Rangoon Lunatic Asylum 1893-1897 - 1893-1897
Year: 1893
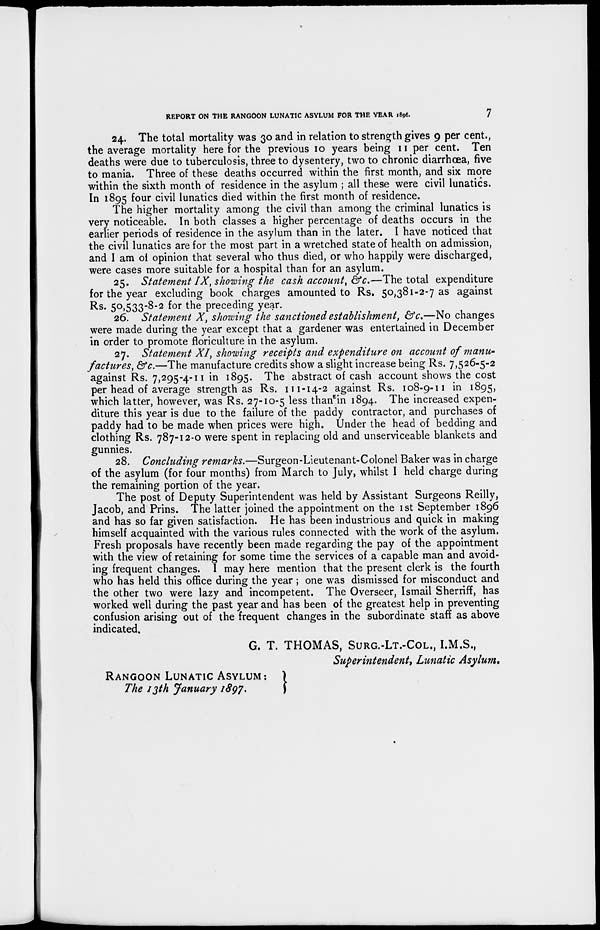
REPORT ON THE RANGOON LUNATIC ASYLUM FOR THE YEAR 1896.
7
24. The total mortality was 30 and in relation to strength gives 9 per cent.,
the average mortality here for the previous 10 years being 11 per cent. Ten
deaths were due to tuberculosis, three to dysentery, two to chronic diarrhœa, five
to mania. Three of these deaths occurred within the first month, and six more
within the sixth month of residence in the asylum ; all these were civil lunatics.
In 1895 four civil lunatics died within the first month of residence.
The higher mortality among the civil than among the criminal lunatics is
very noticeable. In both classes a higher percentage of deaths occurs in the
earlier periods of residence in the asylum than in the later. I have noticed that
the civil lunatics are for the most part in a wretched state of health on admission,
and I am of opinion that several who thus died, or who happily were discharged,
were cases more suitable for a hospital than for an asylum.
25. Statement IX, showing the cash account, &c.—The total expenditure
for the year excluding book charges amounted to Rs. 50,381-2-7 as against
Rs. 50,533-8-2 for the preceding year.
26. Statement X, showing the sanctioned establishment, &c.—No changes
were made during the year except that a gardener was entertained in December
in order to promote floriculture in the asylum.
27. Statement XI, showing receipts and expenditure on account of manu-
factures, &c.—The manufacture credits show a slight increase being Rs. 7,526-5-2
against Rs. 7,295-4-11 in 1895. The abstract of cash account shows the cost
per head of average strength as Rs. 111-14-2 against Rs. 108-9-11 in 1895,
which latter, however, was Rs. 27-10-5 less than in 1894. The increased expen-
diture this year is due to the failure of the paddy contractor, and purchases of
paddy had to be made when prices were high. Under the head of bedding and
clothing Rs. 787-12-0 were spent in replacing old and unserviceable blankets and
gunnies.
28. Concluding remarks.—Surgeon-Lieutenant-Colonel Baker was in charge
of the asylum (for four months) from March to July, whilst I held charge during
the remaining portion of the year.
The post of Deputy Superintendent was held by Assistant Surgeons Reilly,
Jacob, and Prins. The latter joined the appointment on the 1st September 1896
and has so far given satisfaction. He has been industrious and quick in making
himself acquainted with the various rules connected with the work of the asylum.
Fresh proposals have recently been made regarding the pay of the appointment
with the view of retaining for some time the services of a capable man and avoid-
ing frequent changes. I may here mention that the present clerk is the fourth
who has held this office during the year; one was dismissed for misconduct and
the other two were lazy and incompetent. The Overseer, Ismail Sherriff, has
worked well during the past year and has been of the greatest help in preventing
confusion arising out of the frequent changes in the subordinate staff as above
indicated.
G. T. THOMAS, SURG.-LT.-COL., I.M.S.,
Superintendent, Lunatic Asylum.
RANGOON LUNATIC ASYLUM:
The 13th January 1897.